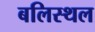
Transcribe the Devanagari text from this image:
बलिस्थल